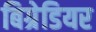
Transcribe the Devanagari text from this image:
बिग्रेडियर